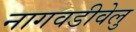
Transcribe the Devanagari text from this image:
नागवडीवेलु